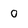
Character: 0